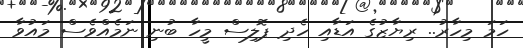
ހަމަ މިހާރު.. ރިޔާޒުގެ އަޑާއި ހެދި ޕޮލިސް މީހާ ބުނި ނަމެއްވެސް މައުވާ